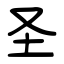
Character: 圣